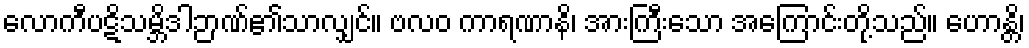
လောကီပဋိသမ္ဘိဒါဉာဏ်၏သာလျှင်။ ဗလဝ ကာရဏာနိ၊ အားကြီးသော အကြောင်းတို့သည်။ ဟောန္တိ၊